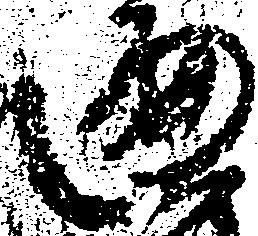
遍